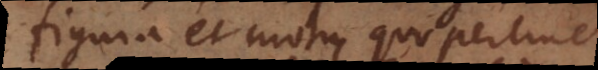
figura et motu, quo pertinet